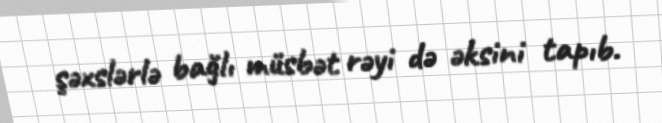
şəxslərlə bağlı müsbət rəyi də əksini tapıb.